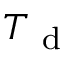
T _ { \mathrm { ~ d ~ } }